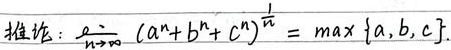
推论：\(\lim\limits_{n \to \infty} (a^{n}+b^{n}+c^{n})^{\frac{1}{n}} = \max \{a,b,c\}\)。